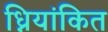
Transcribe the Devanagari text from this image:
ध्नियांकित